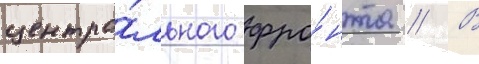
центра́льного фро́нта // В